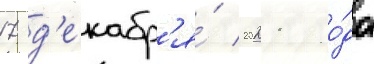
17 д'екабр'я́ 2021 го́да